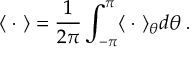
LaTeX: \langle \; \cdot \; \rangle = \frac { 1 } { 2 \pi } \int _ { - \pi } ^ { \pi } \langle \; \cdot \; \rangle _ { \theta } d \theta \; .